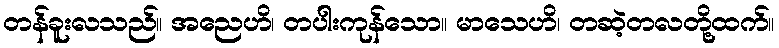
တန်ခူးလသည်။ အညေဟိ၊ တပါးကုန်သော။ မာသေဟိ၊ တဆဲ့တလတို့ထက်။